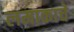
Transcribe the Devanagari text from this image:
लमाकाचे